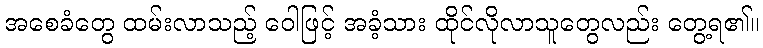
အစေခံတွေ ထမ်းလာသည့် ဝေါဖြင့် အခံ့သား ထိုင်လိုလာသူတွေလည်း တွေ့ရ၏။